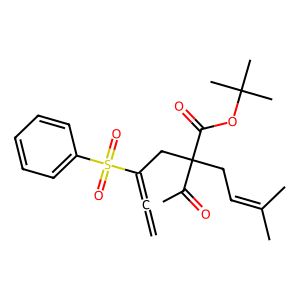
SMILES: C=C=C(CC(CC=C(C)C)(C(C)=O)C(=O)OC(C)(C)C)S(=O)(=O)c1ccccc1
Inhibits HIV replication: No